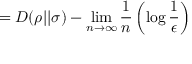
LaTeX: = D ( \rho | | \sigma ) - \operatorname* { l i m } _ { n \rightarrow \infty } { \frac { 1 } { n } } \left( \log { \frac { 1 } { \epsilon } } \right)